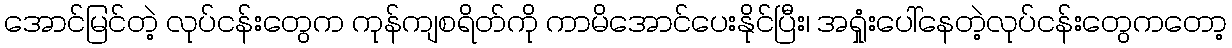
အောင်မြင်တဲ့ လုပ်ငန်းတွေက ကုန်ကျစရိတ်ကို ကာမိအောင်ပေးနိုင်ပြီး၊ အရှုံးပေါ်နေတဲ့လုပ်ငန်းတွေကတော့